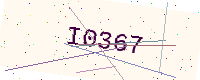
Text: I0367